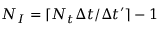
N _ { I } = \lceil N _ { t } \Delta t / \Delta t ^ { \prime } \rceil - 1